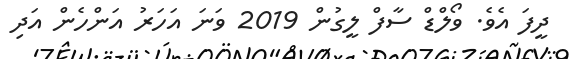
ދީފަ އެވެ. ވޯލްޑް ސާފް ލީގުން 2019 ވަނަ އަހަަރު އަންހެން އަދި